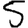
Digit: 5